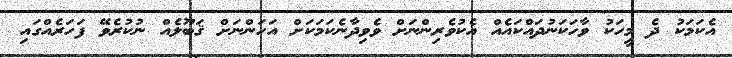
އެކަމަކު ދެ މީހަކު ވާހަކަނުދައްކައެއް އެކުވެރިންނަށް ވެވިދާނެކަމަކަށް އަހަންނަށް ޤަބޫލެއް ނުކުރެވޭ ފަހަރެއްގައި